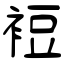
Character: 裋